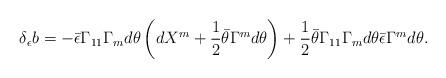
LaTeX: \begin{align*}\delta_\epsilon b = -\bar\epsilon \Gamma_{11} \Gamma_m d\theta \left(d X^m +{1\over 2} \bar\theta \Gamma^m d\theta\right)+ {1 \over 2} \bar\theta \Gamma_{11} \Gamma_m d\theta \bar\epsilon \Gamma^md\theta.\end{align*}